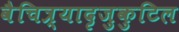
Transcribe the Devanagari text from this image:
वैचित्र्यादृजुकुटिल